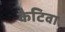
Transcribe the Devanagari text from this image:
कैटिवा